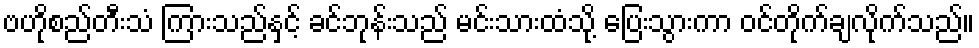
ဗဟိုစည်တီးသံ ကြားသည်နှင့် ခင်ဘုန်းသည် မင်းသားထံသို့ ပြေးသွားကာ ဝင်တိုက်ချလိုက်သည်။